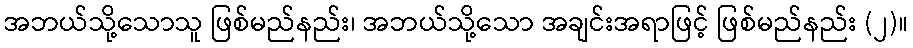
အဘယ်သို့သောသူ ဖြစ်မည်နည်း၊ အဘယ်သို့သော အချင်းအရာဖြင့် ဖြစ်မည်နည်း (၂)။